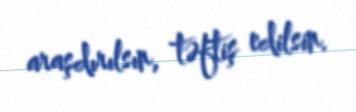
araşdırılsın, təftiş edilsin.